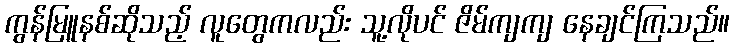
ကွန်မြူနစ်ဆိုသည့် လူတွေကလည်း သူ့လိုပင် ဇိမ်ကျကျ နေချင်ကြသည်။